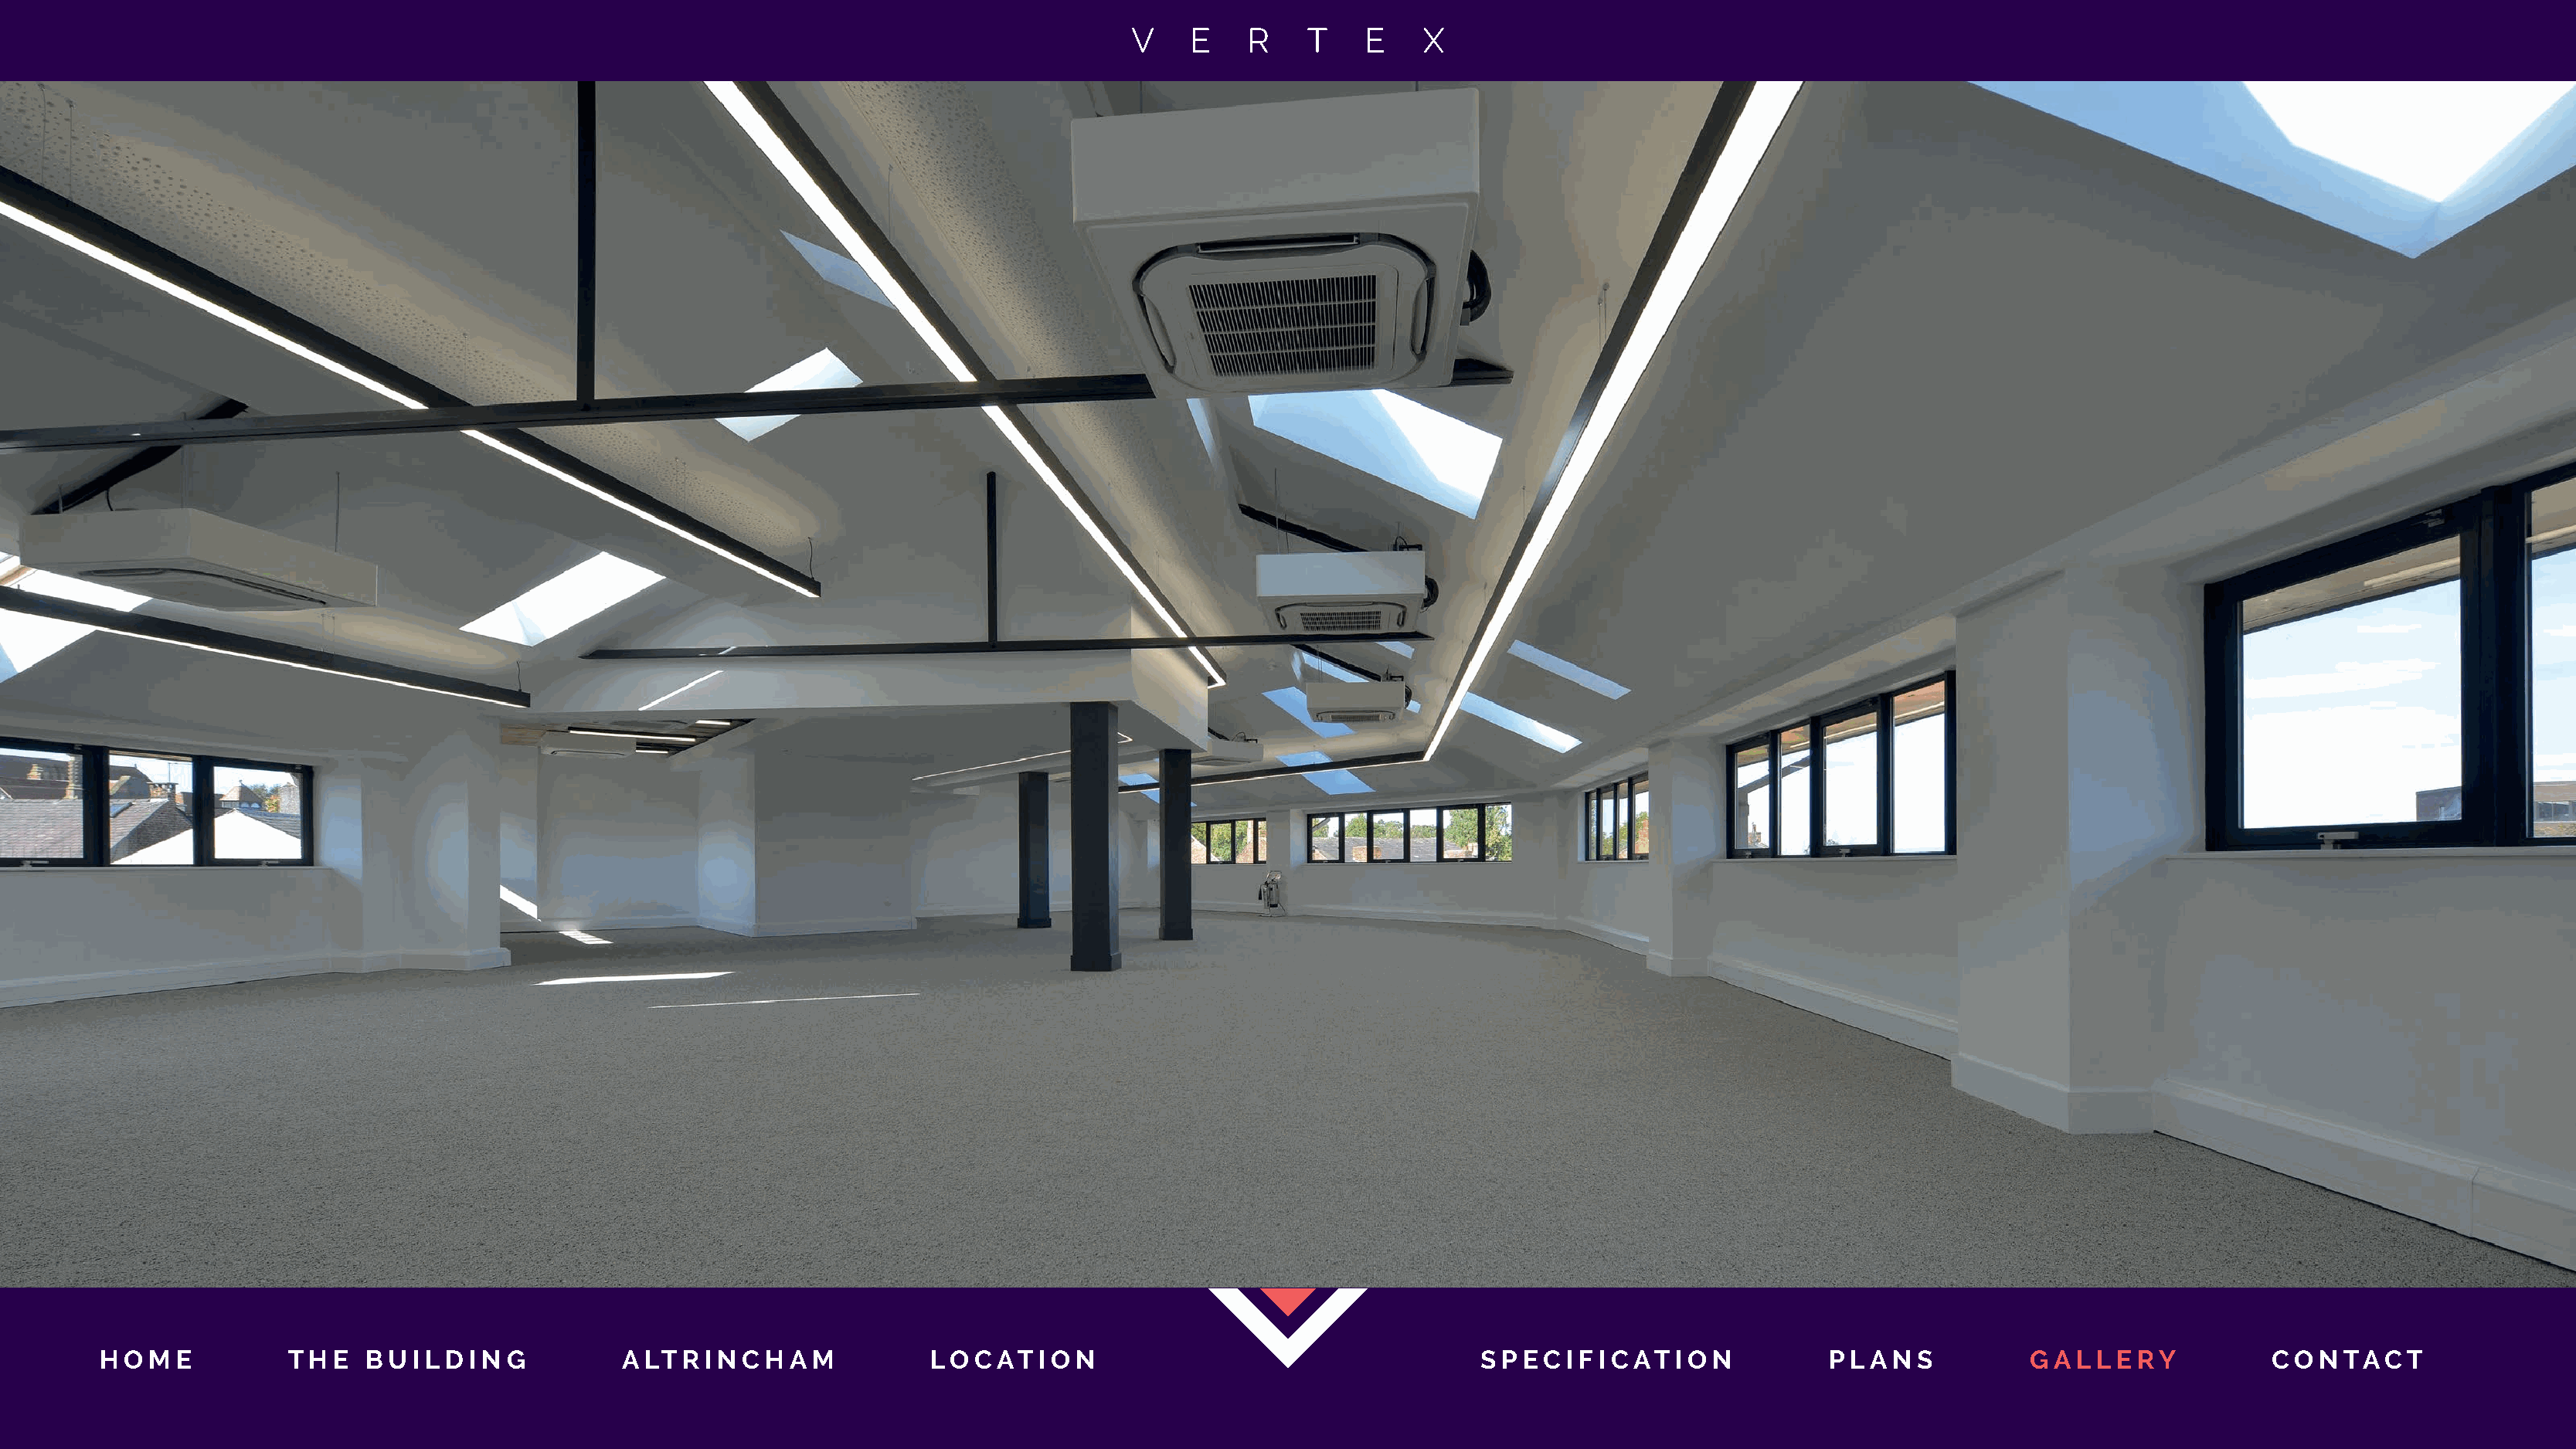
H O M E         T H E B U I L D I N G       A LT R I N C H A M         LO C AT  I O N                                 S P EC I F I C AT I O N       P L A N S        GG AA LL LL EE RRYY  C O N TAC  T